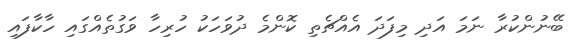
ބޭނުންކުރާ ނަމަ އަދި މިފަދަ އެއްޗެތި ކޮންމެ ދުވަހަކު ހުރިހާ ވަގުތެއްގައި ހާކާފައި